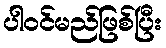
ပါဝင်မည်ဖြစ်ပြီး